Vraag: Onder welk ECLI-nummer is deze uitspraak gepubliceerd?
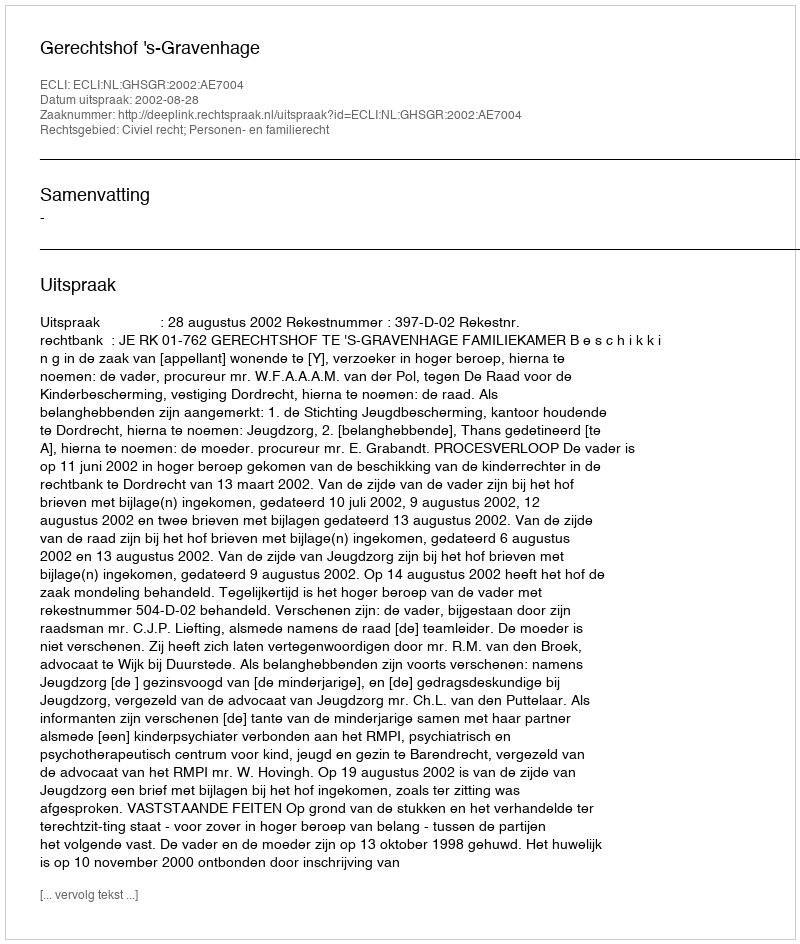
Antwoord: ECLI:NL:GHSGR:2002:AE7004